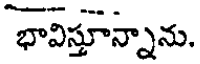
భావిస్తూన్నాను.